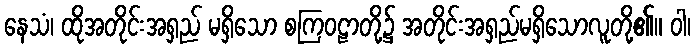
နေသံ၊ ထိုအတိုင်းအရှည် မရှိသော စကြဝဠာတို့၌ အတိုင်းအရှည်မရှိသောလူတို့၏။ ဝါ၊